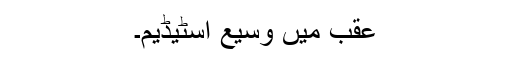
عقب میں وسیع اسٹیڈیم۔